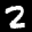
Label: 2